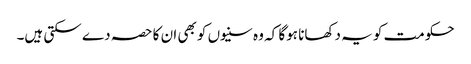
حکومت کو یہ دکھانا ہوگا کہ وہ سنیوں کو بھی ان کا حصہ دے سکتی ہیں۔